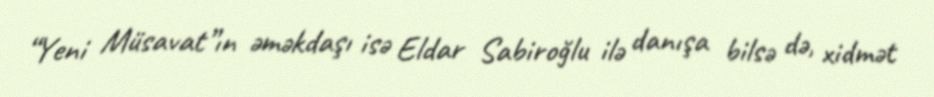
“Yeni Müsavat”ın əməkdaşı isə Eldar Sabiroğlu ilə danışa bilsə də, xidmət